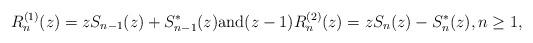
LaTeX: \begin{align*} R_n^{(1)}(z) = zS_{n-1}(z) + S_{n-1}^{\ast}(z) \mbox{and} (z-1)R_n^{(2)}(z) = zS_{n}(z) - S_{n}^{\ast}(z), n\geq 1,\end{align*}